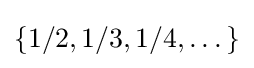
\{1/2,1/3,1/4,\dots \}